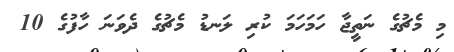
މި މެޗުގެ ނަތީޖާ ހަމަހަމަ ކުރި ލަނޑު މެޗުގެ ދެވަނަ ހާފުގެ 10